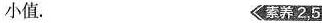
小值。 素养2,5